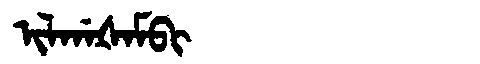
Manchu: ᡳᠯᡤᠠᡧᠠᠮᠪᡳ
Romanization: ILGAŠAMBI